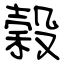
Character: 榖